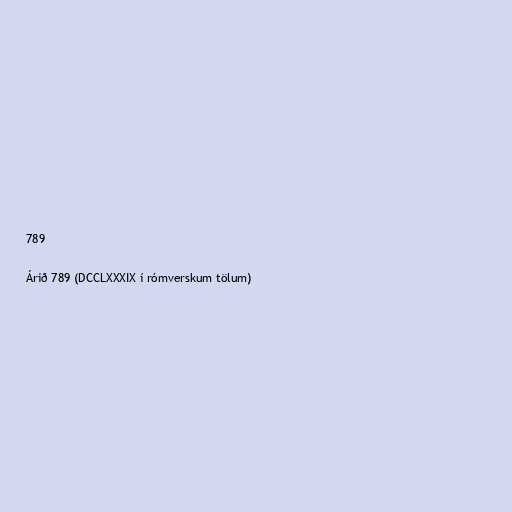
789

Árið 789 (DCCLXXXIX í rómverskum tölum)